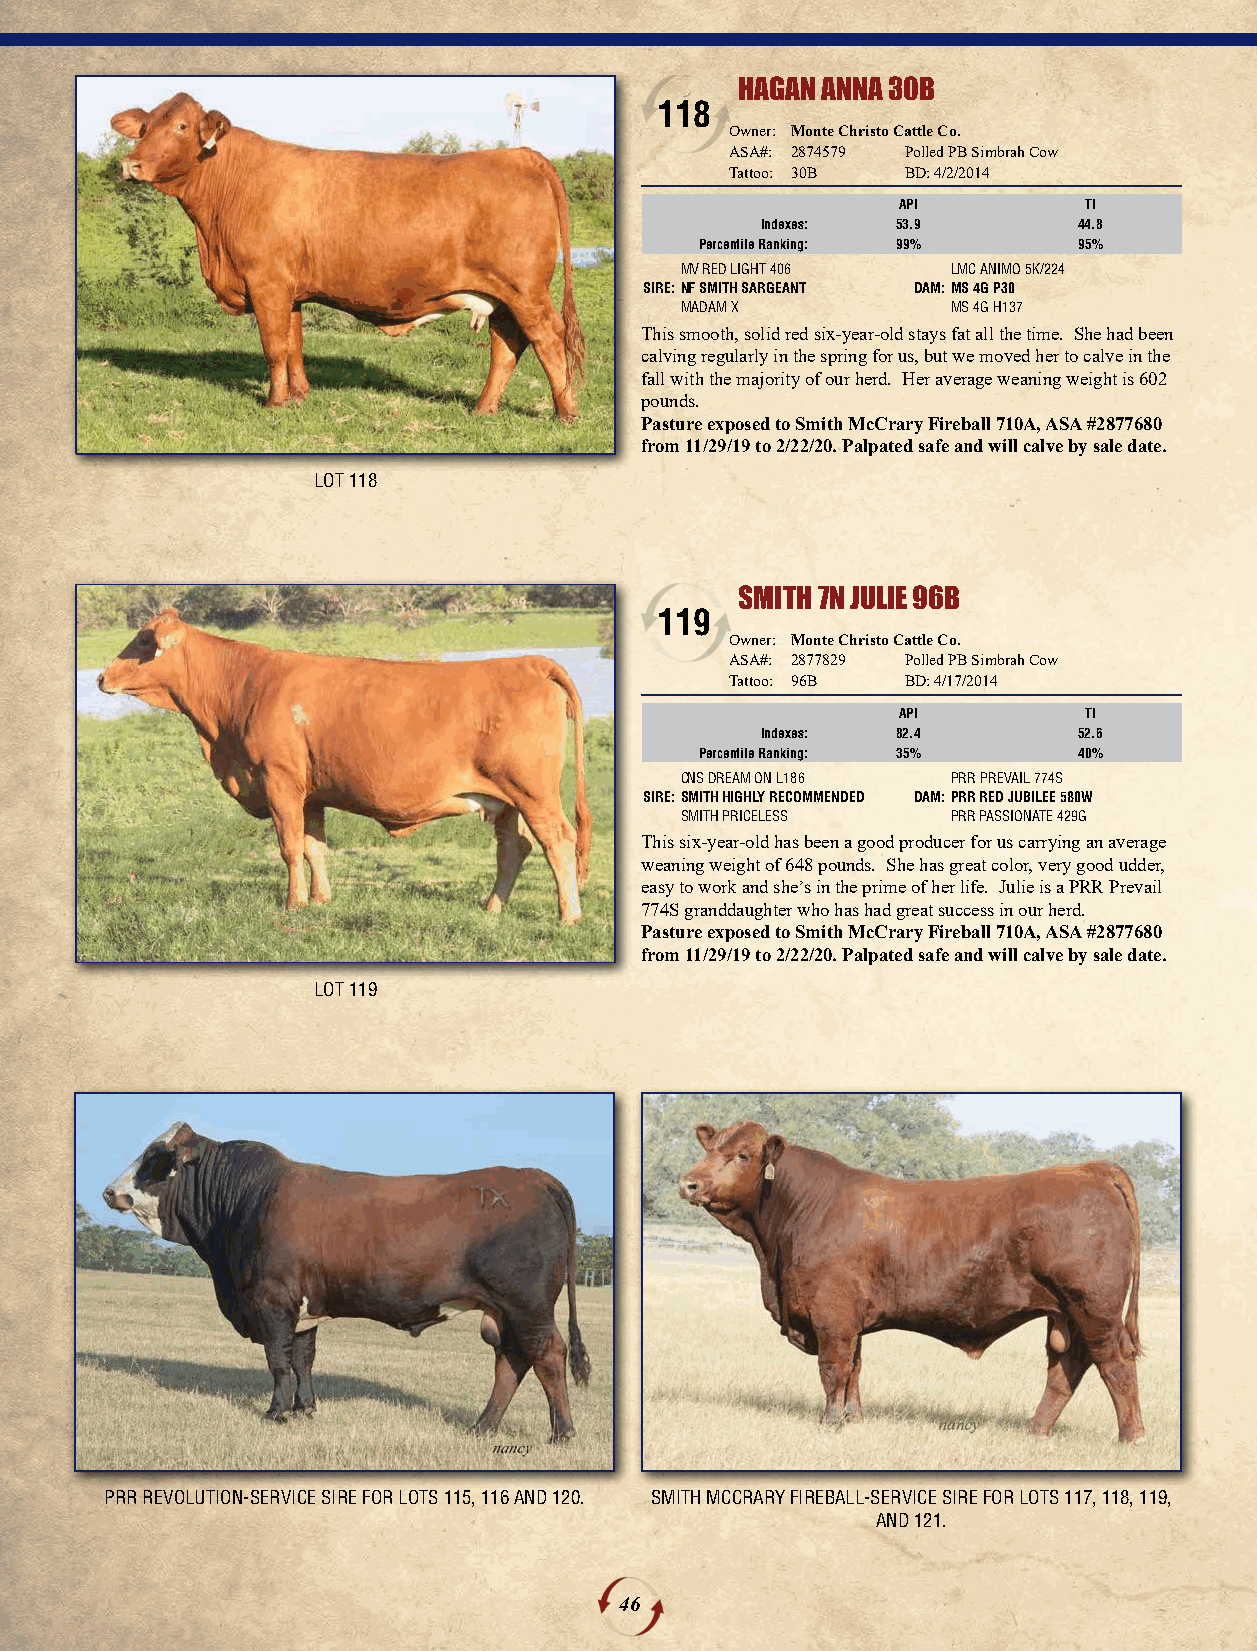
HAGAN ANNA 30B
 118
 Owner: Monte Christo Cattle Co.
 ASA#: 2874579 Polled PB Simbrah Cow
 Tattoo: 30B BD: 4/2/2014
 API          TI
 Indexes: 53.9        44.8
 Percentile Ranking: 99%  95%
 MV RED LIGHT 406  LMC ANIMO 5K/224
 SIRE:NF SMITH SARGEANT DAM:MS 4G P30
 MADAM X           MS 4G H137
 This smooth, solid red six-year-old stays fat all the time. She had been
 calving regularly in the spring for us, but we moved her to calve in the
 fall with the majority of our herd. Her average weaning weight is 602
 pounds.
 Pasture exposed to Smith McCrary Fireball 710A, ASA #2877680
 from 11/29/19 to 2/22/20. Palpated safe and will calve by sale date.
 LOT 118
 SMITH 7N JULIE 96B
 119
 Owner: Monte Christo Cattle Co.
 ASA#: 2877829 Polled PB Simbrah Cow
 Tattoo: 96B BD: 4/17/2014
 API          TI
 Indexes: 82.4        52.6
 Percentile Ranking: 35%  40%
 CNS DREAM ON L186 PRR PREVAIL 774S
 SIRE:SMITH HIGHLY RECOMMENDED DAM:PRR RED JUBILEE 580W
 SMITH PRICELESS   PRR PASSIONATE 429G
 This six-year-old has been a good producer for us carrying an average
 weaning weight of 648 pounds. She has great color, very good udder,
 easy to work and she’s in the prime of her life. Julie is a PRR Prevail
 774S granddaughter who has had great success in our herd.
 Pasture exposed to Smith McCrary Fireball 710A, ASA #2877680
 from 11/29/19 to 2/22/20. Palpated safe and will calve by sale date.
 LOT 119
 PRR REVOLUTION-SERVICE SIRE FOR LOTS 115, 116 AND 120. SMITH MCCRARY FIREBALL-SERVICE SIRE FOR LOTS 117, 118, 119,
 AND 121.
 46